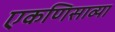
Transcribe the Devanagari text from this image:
एकणिसाव्या